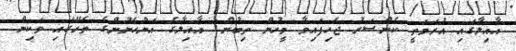
އާއިލާގައި އުރަމަތީ ކެންސަރު ޖެހިފައިވާ މީހުން ތިބުން: އާއިލާގެ އަންހެނުންގެ ތެރޭގައި ވަކިން